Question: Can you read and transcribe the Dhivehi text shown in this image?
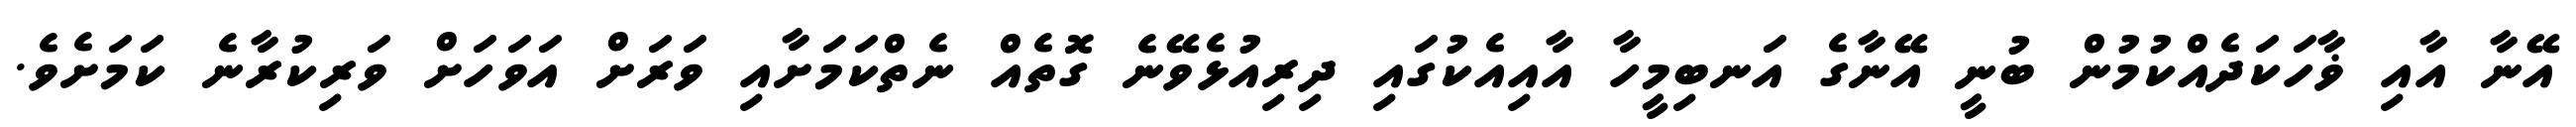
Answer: އޭނާ އާއި ޥާހަކަދެއްކުމުން ބުނީ އޭނާގެ އަނބިމީހާ އާއިއެކުގައި ދިރިއުޅެވޭނެ ގޮތެއް ނެތްކަމަށާއި ވަރަށް އަވަހަށް ވަރިކުރާނެ ކަމަށެވެ.